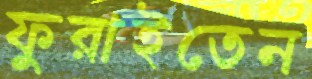
ফুরাইতেন